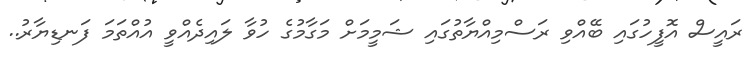
ރައީސް އޮފީހުގައި ބޭއްވި ރަސްމިއްޔާތުގައި ޝަމީމަށް މަގާމުގެ ހުވާ ލައިދެއްވީ އުއްތަމަ ފަނޑިޔާރު..